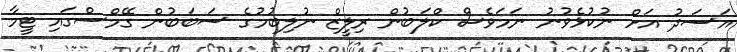
އަސަދު އަށް ނުކުޅެވުނު ނަމަވެސް ކްލަބުން ރިލީޒް ނުލިބުމުގެ ސަބަބުން ގޭމްސްގައި ޓީމާ